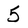
Character: 5